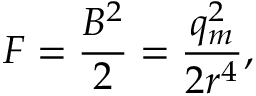
{ \cal F } = \frac { B ^ { 2 } } { 2 } = \frac { q _ { m } ^ { 2 } } { 2 r ^ { 4 } } ,